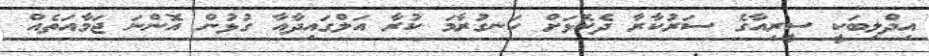
އިދްލިބަކީ ސީރިއާގެ ސަރުކާރާ ދެކޮޅަށް ހަނގުރާމަ ކުރާ އަލްގައިދާއާ ގުޅުން އޮންނަ ޖަމާއަތެއް